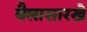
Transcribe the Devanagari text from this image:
बैलासारखे